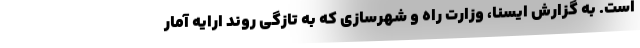
است. به گزارش ایسنا، وزارت راه و شهرسازی که به تازگی روند ارایه آمار